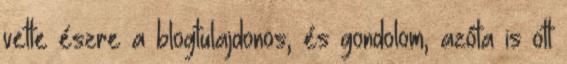
vette észre a blogtulajdonos, és gondolom, azóta is ott